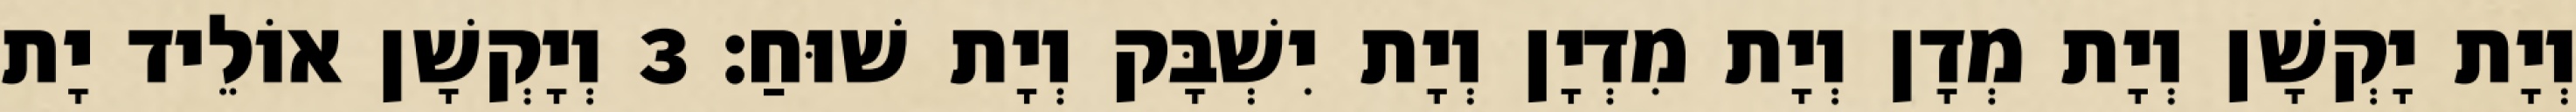
וְיָת יָקְשָׁן וְיָת מְדָן וְיָת מִדְיָן וְיָת יִשְׁבָּק וְיָת שׁוּחַ׃ 3 וְיָקְשָׁן אוֹלֵיד יָת